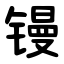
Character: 镘